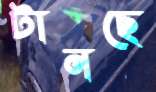
টানছে